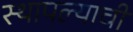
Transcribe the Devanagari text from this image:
स्थापल्याची